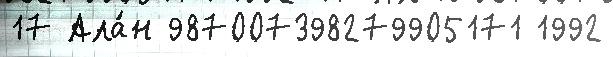
17 Ала́н 987007398279905171 1992